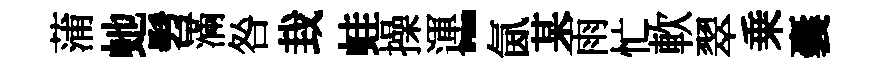
蒲虵髫滿咎㘽蛙操運-氤某雨忙軟翠乗囊